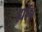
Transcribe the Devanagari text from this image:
ह्योच